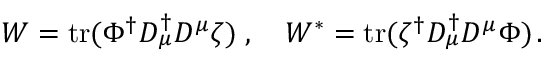
W = \mathrm { t r } ( \Phi ^ { \dagger } D _ { \mu } ^ { \dagger } D ^ { \mu } \zeta ) \; , \quad W ^ { \ast } = \mathrm { t r } ( \zeta ^ { \dagger } D _ { \mu } ^ { \dagger } D ^ { \mu } \Phi ) \, .